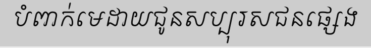
បំពាក់មេដាយជូនសប្បុរសជនផ្សេង